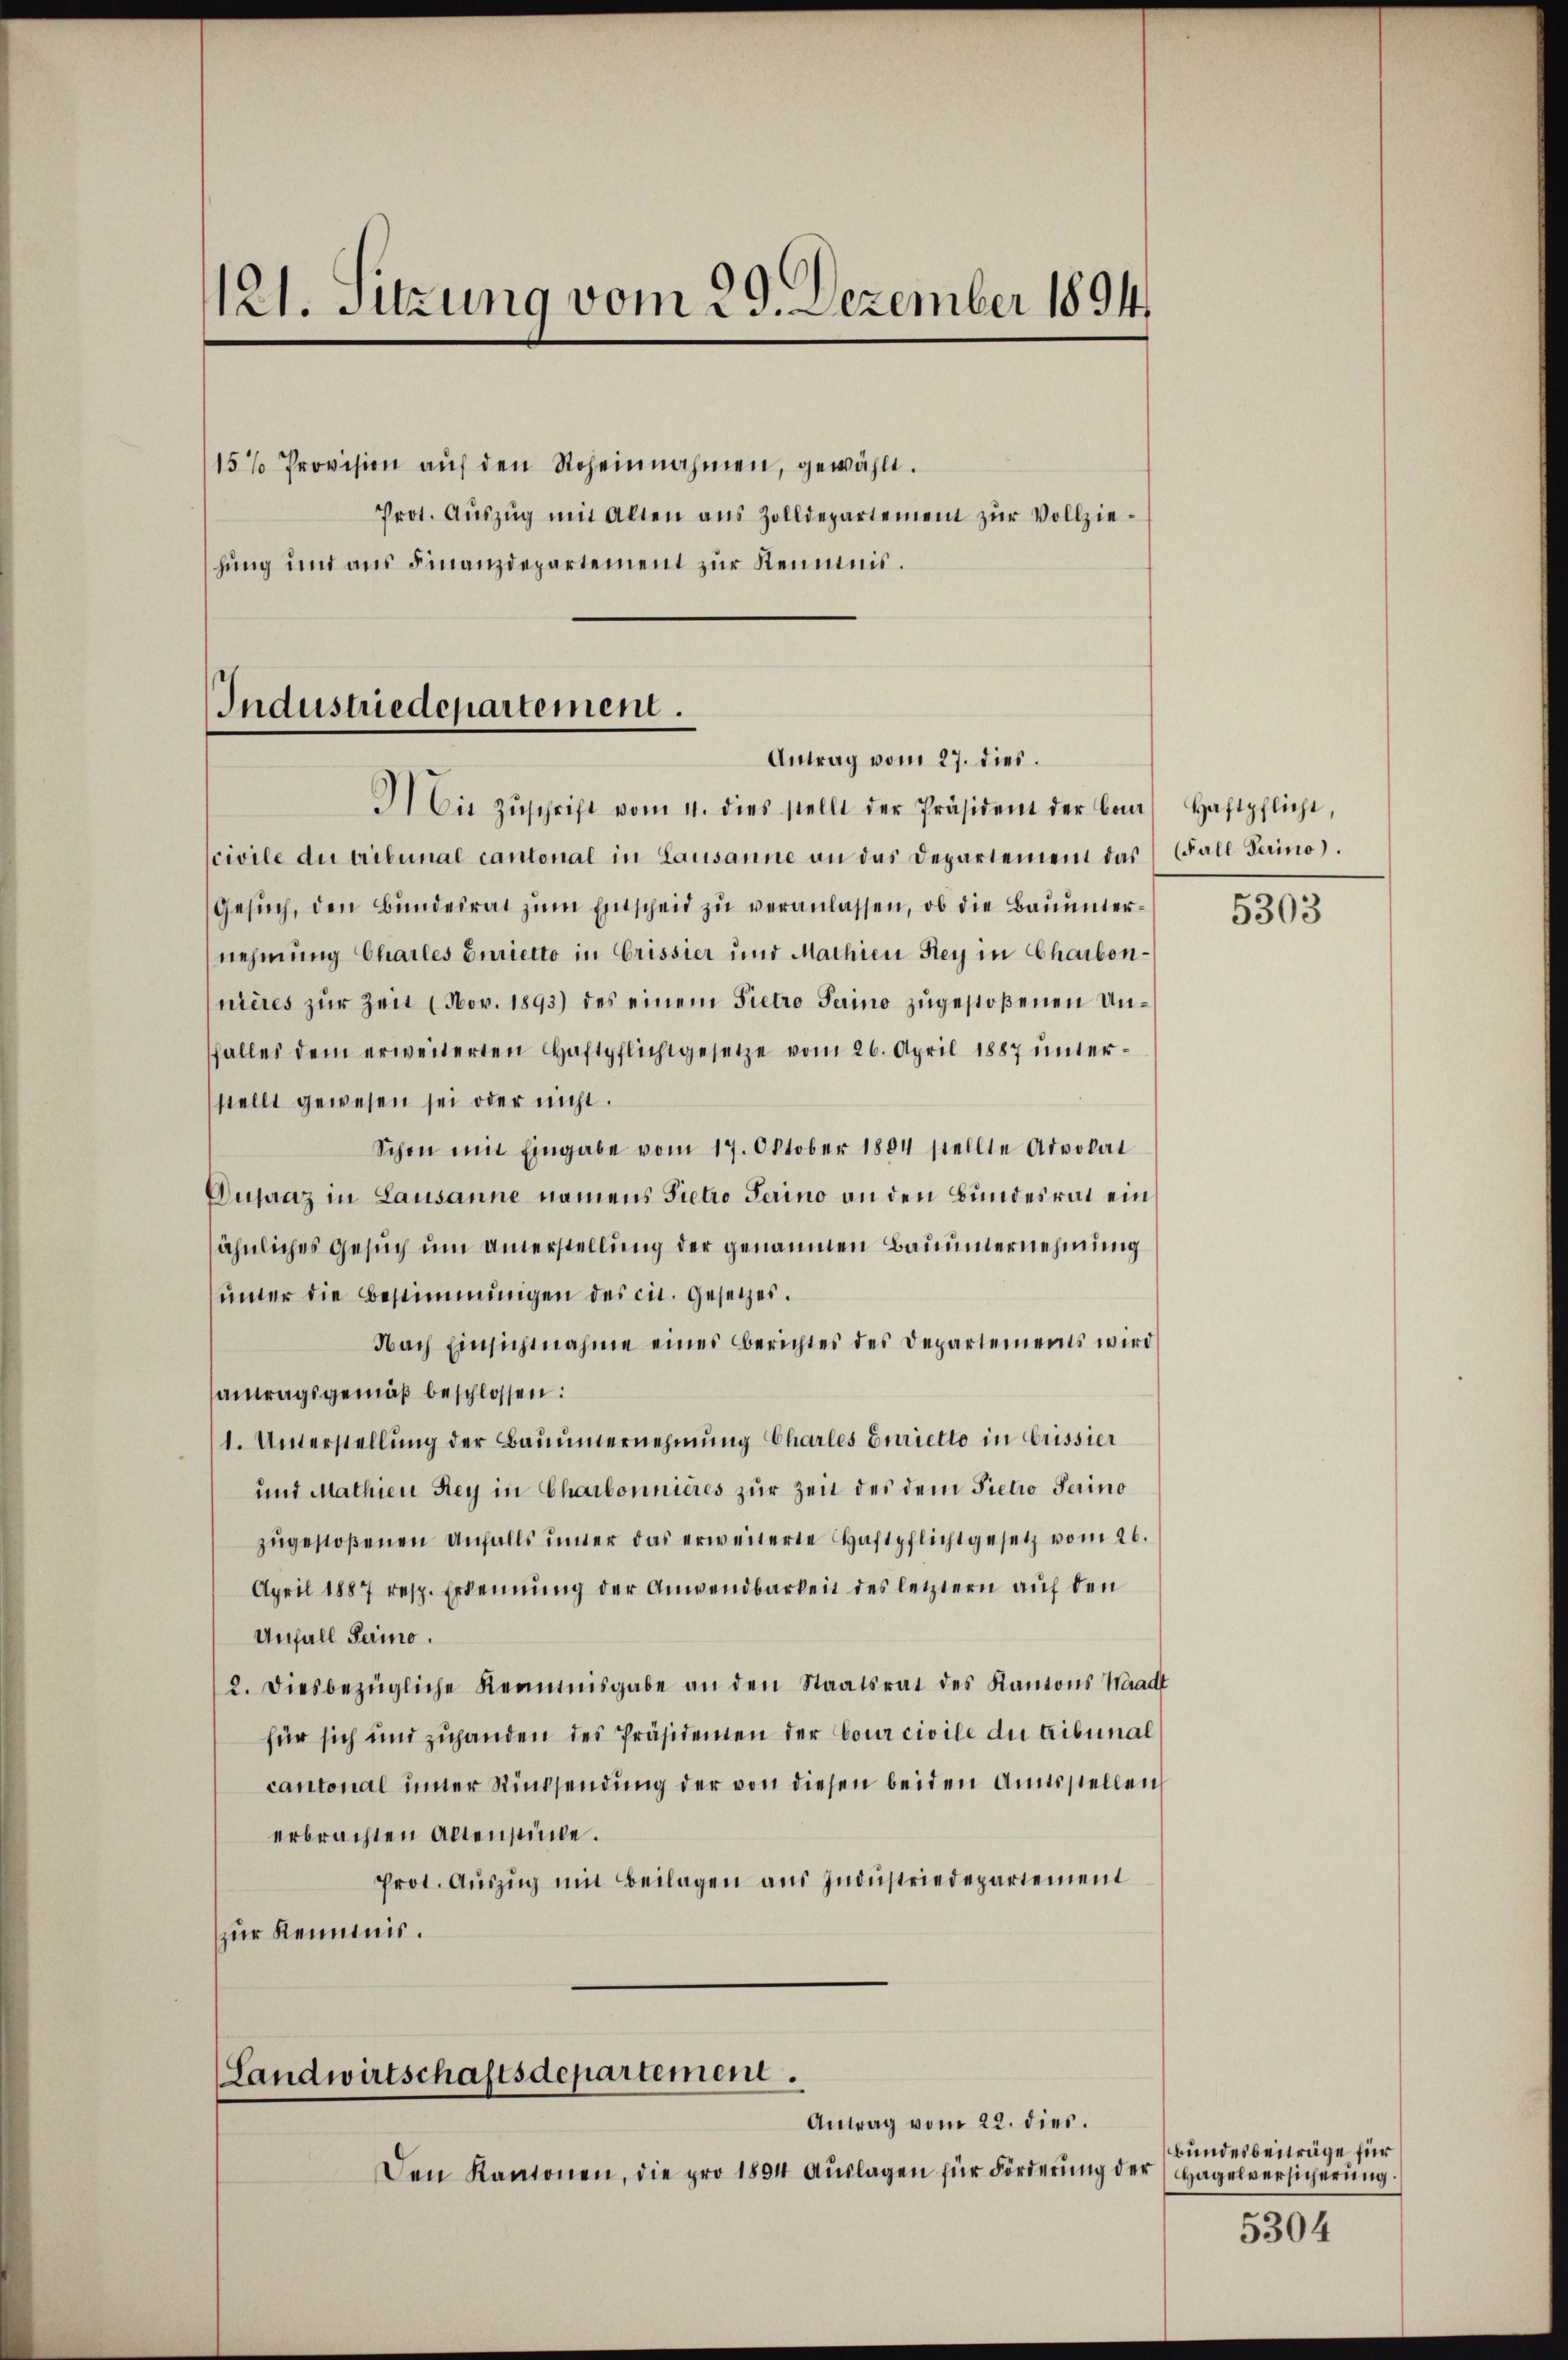
121. Sitzung vom 29. Dezember 1894

15% Provision aŭf den Roheinnahmen, gewählt.
Prot. Aŭszŭg mit Alten aus Zolldepartement zŭr Vollzie-
hung und aus Finanzdepartement zur Reimnis.

Industriedepartement.
Antrag vom 27. dies.

Landwirtschaftsdepartement.
Antrag vom 22. dies.

Den Kantonen, die pro 1894 aŭslagen für Forderŭng der (Hagelversicherŭng.

I) Die Zŭschrift vom 4. dies stellt der Präsident der baar Haftpflicht,
civile du tribunal cantonal in Lausanne an das Departement das Fall Gerino).
Gesŭch, den Bŭndesrat zŭm Entscheid zu veranlassen, ob die Bauunternehmung Charles Curietto in Crissier und Mathien Rey in Charbon-
nières zur Zeit (Nov. 1893) des einem Pietro Perino zugestoßenen Unfalles dem erweiterten Haftpflichtgesetze vom 26. April 1887 ŭnter-
stellt gewesen sei oder nicht.
Schon mit Eingabe vom 17. Oktober 1804 stellte Advokat
Ousaaz in Lausanne namens Pietro Ferino an den Bundesrat ein
sähnliches Gesuch um anerstellung der genannen Bauunternehmung
ŭnter die Bestimmungen des cit. Gesetzes.
Nach Einsichtnahme eines Berichtes des Departements wird
antragsgemäß beschlossen:
1. Unterstellŭng der Baŭŭnternehmung Charles Curietto in Crissier
und Mathien Rey in Charbonnières zur Zeit des dem Pietio Serino
zŭgestoßenen Anfalls inter das erweiterte Haftpflichtgesetz vom 26.
April 1887 resp. Erkennung der Anwendbarkeit des letztern auf den
Unfall Perio.
2. Diesbezügliche Remmnisgabe an den Staatsrat des Kantons Waadt
für sich und zuhanden des Präsidenten der Cour civile du tribunal
cantonal unter Rücksendung der von diesen beiden Amtsstellen
erbrachten Altenstücke.
Prot. Aŭszŭg mit Beilagen aŭs Indŭstriedepartement
zur Keimnis.

5303

Bundesbeiträge für

5304